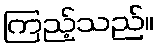
ကြည့်သည်။